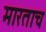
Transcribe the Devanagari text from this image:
मारताच